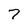
Character: 7